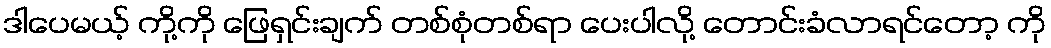
ဒါပေမယ့် ကို့ကို ဖြေရှင်းချက် တစ်စုံတစ်ရာ ပေးပါလို့ တောင်းခံလာရင်တော့ ကို